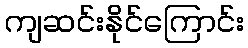
ကျဆင်းနိုင်ကြောင်း